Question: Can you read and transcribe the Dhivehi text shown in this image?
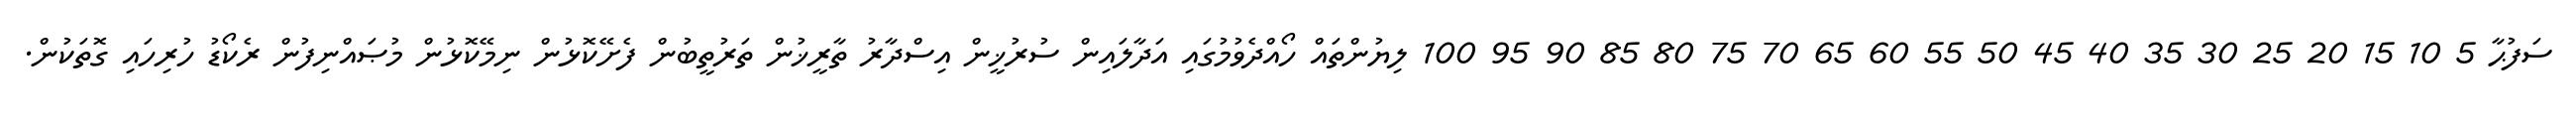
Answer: ސަފުޙާ 5 10 15 20 25 30 35 40 45 50 55 60 65 70 75 80 85 90 95 100 ލިޔުންތައް ހޯއްދެވުމުގައި އަދާލައިން ސުރުޚީން އިސްދާރު ތާރީޚުން ތަރުތީބުން ފެށޭކޮޅުން ނިމޭކޮޅުން މުޞައްނިފުން ރެކޯޑު ހުރިހައި ގޮތަކުން.